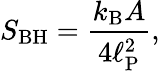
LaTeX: S_{\mathrm{BH}}={\frac{k_{\mathrm{B}}A}{4\ell_{\mathrm{P}}^{2}}},